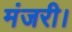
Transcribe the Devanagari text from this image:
मंजरी।